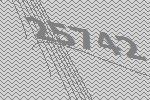
25742